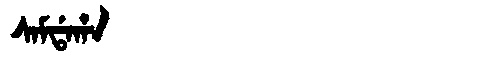
Manchu: ᠰᠠᠮᡩᠠᡥᠠ
Romanization: SAMDAHA